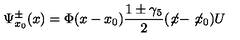
\Psi _ { x _ { 0 } } ^ { \pm } ( x ) = \Phi ( x - x _ { 0 } ) \frac { 1 \pm \gamma _ { 5 } } { 2 } ( \not \! x - \not \! x _ { 0 } ) U